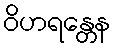
ဝိဟရန္တေန